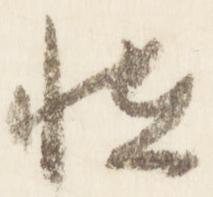
恠